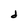
Character: d